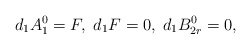
\begin{align*}d_1 A^0_1 = F, \; d_1 F = 0, \; d_1 B^0_{2r} = 0,\end{align*}